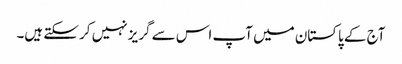
آج کے پاکستان میں آپ اس سے گریز نہیں کر سکتے ہیں۔